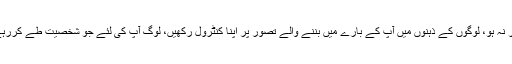
آپ کا مجمع کبھی آپ سے بیزار نہ ہو، لوگوں کے ذہنوں میں آپ کے بارے میں بننے والے تصور پر اپنا کنٹرول رکھیں، لوگ آپ کی لئے جو شخصیت طے کررہے ہیں اسے کبھی قبول نہ کریں۔